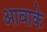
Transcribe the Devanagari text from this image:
आवाके